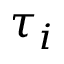
\tau _ { i }